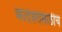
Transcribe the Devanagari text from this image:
कादंबरीसाठीच